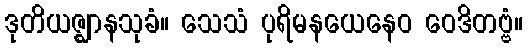
ဒုတိယဇ္ဈာနသုခံ။ သေသံ ပုရိမနယေနေဝ ဝေဒိတဗ္ဗံ။